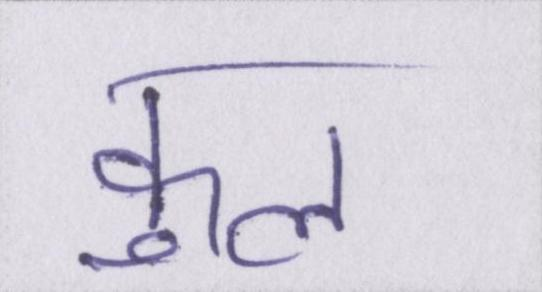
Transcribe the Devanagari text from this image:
कुल